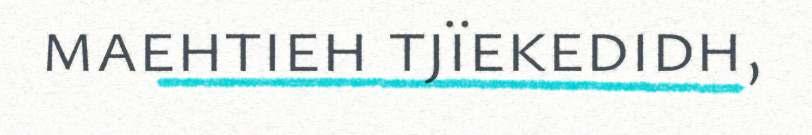
maehtieh tjïekedidh,